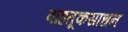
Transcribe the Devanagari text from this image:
वाहतूकसाधन